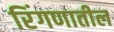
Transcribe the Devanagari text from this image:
रिंगणातील